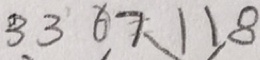
3 3 6 7 1 1 8